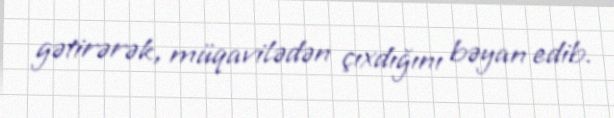
gətirərək, müqavilədən çıxdığını bəyan edib.